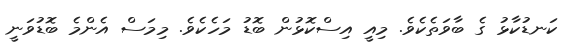
ކަނޑުކާޅު ގެ ބާވަތެކެވެ. މިއީ އިސްކޮޅުން ބޮޑު މަހެކެވެ. މިމަސް އެންމެ ބޮޑުވަނީ